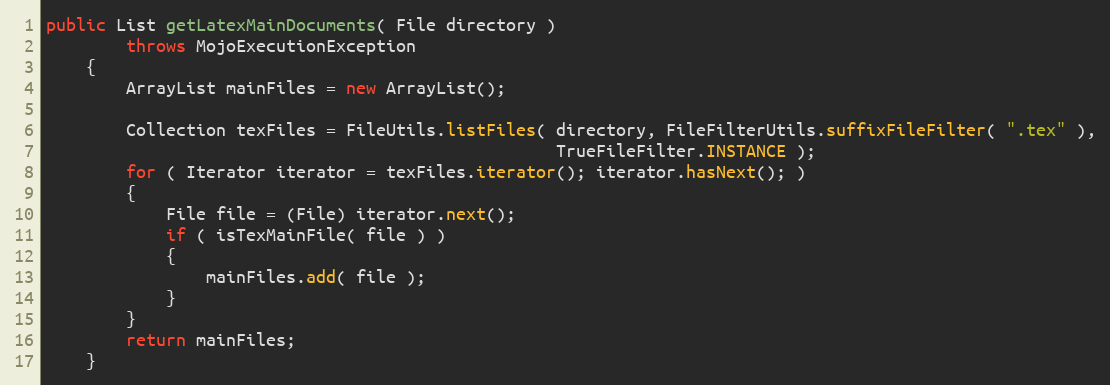
Language: Java
public List getLatexMainDocuments( File directory )
        throws MojoExecutionException
    {
        ArrayList mainFiles = new ArrayList();

        Collection texFiles = FileUtils.listFiles( directory, FileFilterUtils.suffixFileFilter( ".tex" ),
                                                   TrueFileFilter.INSTANCE );
        for ( Iterator iterator = texFiles.iterator(); iterator.hasNext(); )
        {
            File file = (File) iterator.next();
            if ( isTexMainFile( file ) )
            {
                mainFiles.add( file );
            }
        }
        return mainFiles;
    }